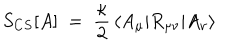
S _ { C S } [ A ] \; = \; \frac { \kappa } { 2 } \, \langle A _ { \mu } | R _ { \mu \nu } | A _ { \nu } \rangle